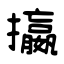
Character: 攍